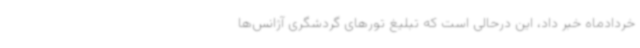
خردادماه خبر داد، این درحالی است که تبلیغ تورهای گردشگری آژانس‌ها